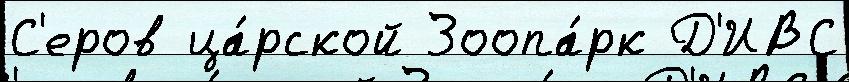
С'еров ца́рской Зоопа́рк Д'ИВС